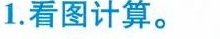
1.看图计算。